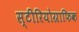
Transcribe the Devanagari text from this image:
स्टीरियोग्राफिक